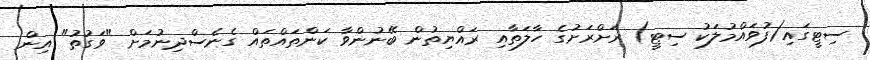
ސިޓީގައި(ފުވައްމުލަކު ސިޓީ) ރަށްރަށުގެ ހާލަތާއި ރައްޔިތުން ބޭނުންވާ ކަންތައްތައް ގެނެސްދިނުމަށް "ވަގުތު" އިން